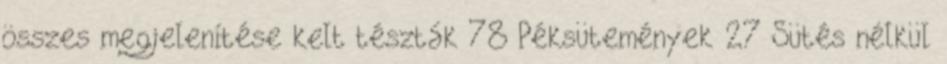
összes megjelenítése kelt tészták 78 Péksütemények 27 Sütés nélkül